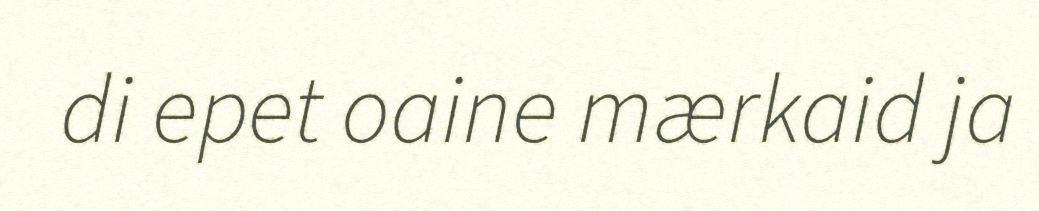
di epet oaine mærkaid ja